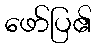
ဖော်ပြ၏